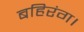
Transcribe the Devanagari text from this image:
बहिरंग।